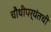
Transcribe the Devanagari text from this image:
चौथीपर्यंतची